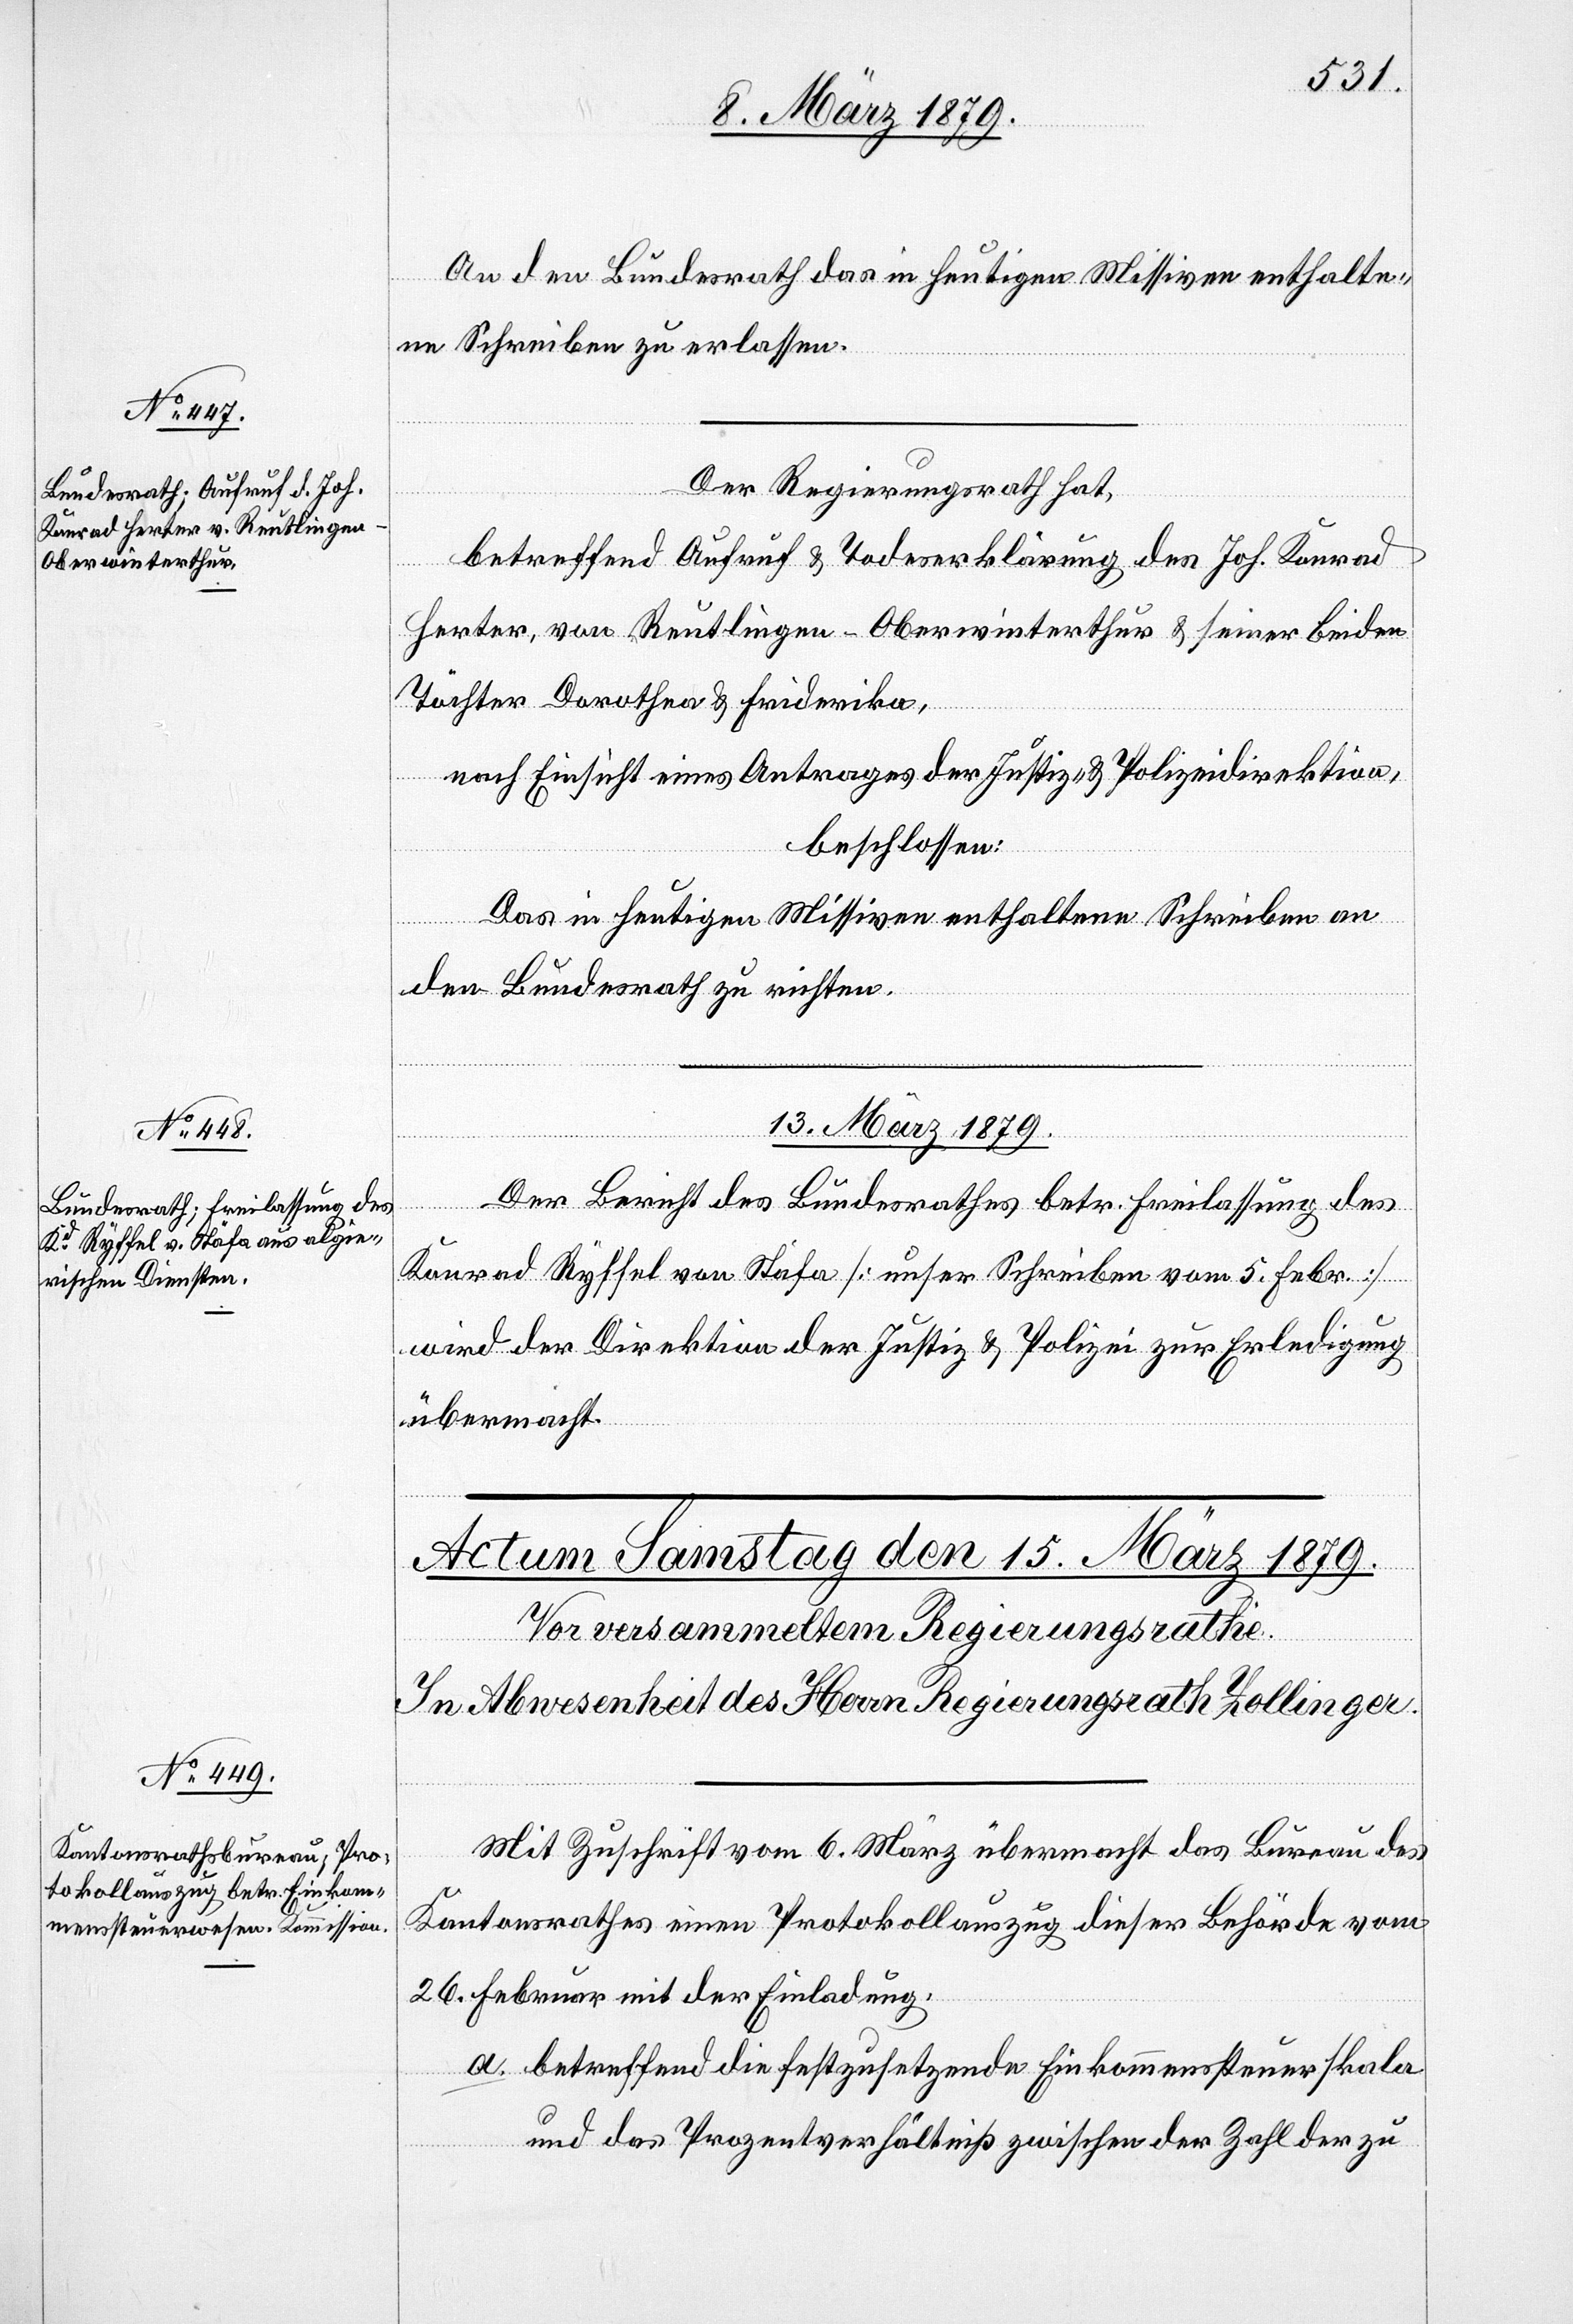
12. März 1879.]
ric¬
An den Bundesrath das in den heutigen Missiven enthalte¬
Der Regierungsrath hat,
betreffend Aufruf & Todeserklärung des Joh. Konrad
hten.
Herter, von Reutlingen - Oberwinterthur und seiner beiden
Töchter Dorothea & Friderika,
nach Einsicht eines Antrages der Justiz- & Polizeidirektion,
beschlossen:
Das in heutigen Missiven enthaltene Schreiben an
den Bundesrath zu richten.
13. März 1879.
Der Bericht des Bundesrathes betr. Freilassung des
Konrad Ryffel von Stäfa [unser Schreiben vom 5. Febr.]
wird der Direktion der Justiz & Polizei zur Erledigung
übermacht.
Mit Zuschrift vom 6. März übermacht das Bureau des
Kantonsrathes einen Protokollauszug dieser Behörde vom
26. Februar mit der Einladung,
a. betreffend die festzusetzende Einkommenssteuerskala
und das Prozentverhältniß zwischen der Zahl der zu